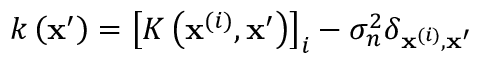
k \left( \mathbf { x } ^ { \prime } \right) = \left[ K \left( \mathbf { x } ^ { ( i ) } , \mathbf { x } ^ { \prime } \right) \right] _ { i } - \sigma _ { n } ^ { 2 } \delta _ { \mathbf { x } ^ { ( i ) } , \mathbf { x } ^ { \prime } }